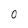
Character: 0